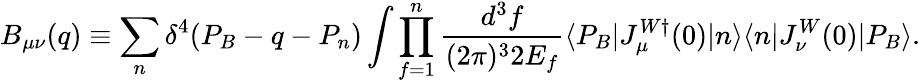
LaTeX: B_{\mu\nu}(q)\equiv\sum_{n}\delta^{4}(P_{B}-q-P_{n})\int\prod_{f=1}^{n}\frac{d^{3}f}{(2\pi)^{3}2E_{f}}\langle P_{B}|J_{\mu}^{W\dagger}(0)|n\rangle\langle n|J_{\nu}^{W}(0)|P_{B}\rangle.